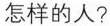
怎样的人?